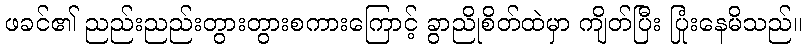
ဖခင်၏ ညည်းညည်းတွားတွားစကားကြောင့် ခွာညိုစိတ်ထဲမှာ ကျိတ်ပြီး ပြုံးနေမိသည်။